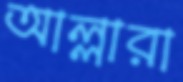
আল্লারা